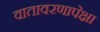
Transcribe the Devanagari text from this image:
वातावरणापेक्षा